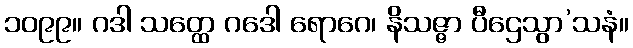
၁၀၉၉။ ဂဒါ သတ္ထေ ဂဒေါ ရောဂေ၊ နိသဇ္ဇာ ပီဌေသွာ’သနံ။